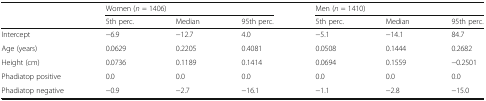
| <ROWSPAN=2>  | <COLSPAN=3> Women (n = 1406) | <COLSPAN=3> Men (n = 1410) |
 | 5th perc. | Median | 95th perc. | 5th perc. | Median | 95th perc. |
 | --- | --- | --- | --- | --- | --- | --- |
 | Intercept | −6.9 | −12.7 | 4.0 | −5.1 | −14.1 | 84.7 |
 | Age (years) | 0.0629 | 0.2205 | 0.4081 | 0.0508 | 0.1444 | 0.2682 |
 | Height (cm) | 0.0736 | 0.1189 | 0.1414 | 0.0694 | 0.1559 | −0.2501 |
 | Phadiatop positive | 0.0 | 0.0 | 0.0 | 0.0 | 0.0 | 0.0 |
 | Phadiatop negative | −0.9 | −2.7 | −16.1 | −1.1 | −2.8 | −15.0 |